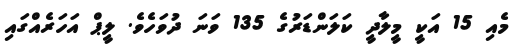
މެއި 15 އަކީ މީލާދީ ކަލަންޑަރުގެ 135 ވަނަ ދުވަހެވެ. ލީޕް އަހަރެއްގައި